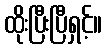
ထိုးပြီးပြီရှင့်။